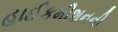
હાઈકમીશનની